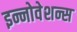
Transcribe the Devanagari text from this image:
इन्नोवेशन्स